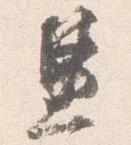
兼